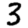
Digit: 3